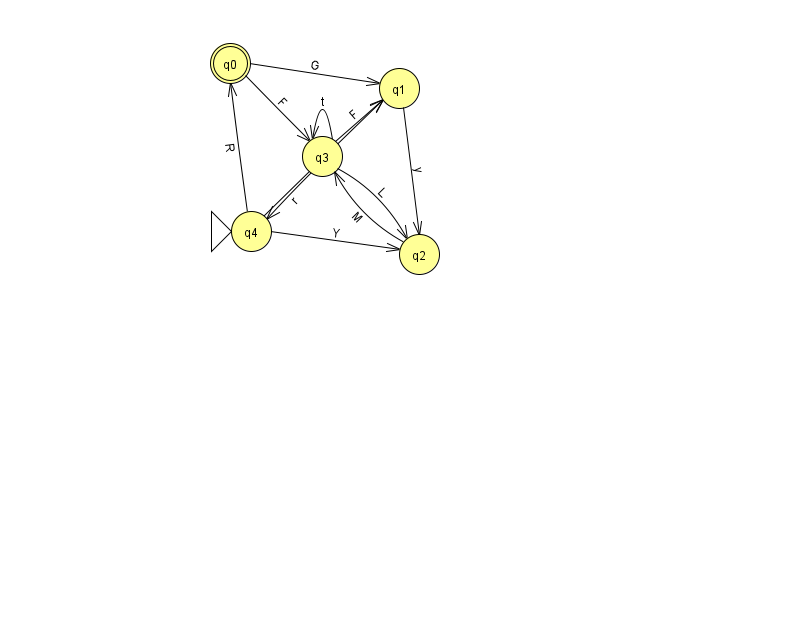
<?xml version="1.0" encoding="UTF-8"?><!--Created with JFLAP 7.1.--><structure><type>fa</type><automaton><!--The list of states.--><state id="0" name="q0"><x>230.0</x><y>50.0</y><final/></state><state id="1" name="q1"><x>399.0</x><y>75.0</y></state><state id="2" name="q2"><x>419.0</x><y>241.0</y></state><state id="3" name="q3"><x>322.0</x><y>143.0</y></state><state id="4" name="q4"><x>251.0</x><y>218.0</y><initial/></state><!--The list of transitions.--><transition><from>1</from><to>2</to><read>y</read></transition><transition><from>3</from><to>3</to><read>t</read></transition><transition><from>3</from><to>1</to><read>F</read></transition><transition><from>3</from><to>2</to><read>L</read></transition><transition><from>2</from><to>3</to><read>M</read></transition><transition><from>4</from><to>0</to><read>R</read></transition><transition><from>0</from><to>3</to><read>F</read></transition><transition><from>4</from><to>2</to><read>Y</read></transition><transition><from>3</from><to>4</to><read>r</read></transition><transition><from>0</from><to>1</to><read>G</read></transition><transition><from>4</from><to>1</to><read>F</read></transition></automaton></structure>